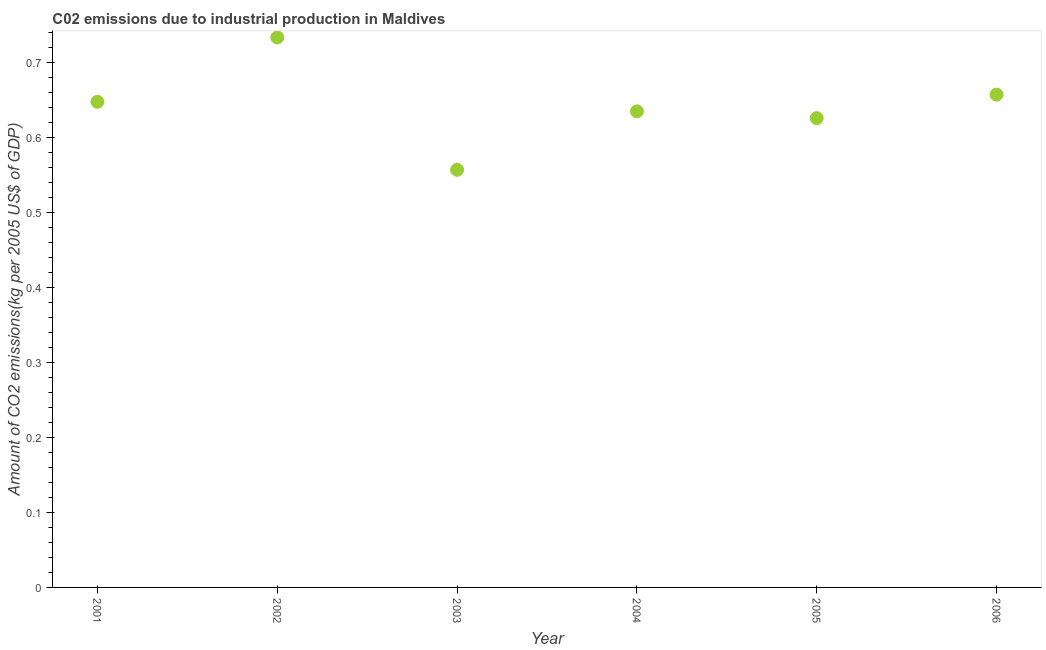
| Year | CO2 emissions  |
 | --- | --- |
 | 2001 | 0.647 |
 | 2002 | 0.733 |
 | 2003 | 0.557 |
 | 2004 | 0.634 |
 | 2005 | 0.625 |
 | 2006 | 0.657 |